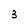
Character: 3